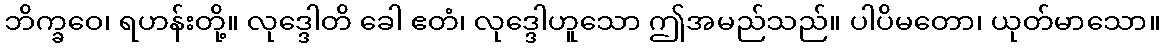
ဘိက္ခဝေ၊ ရဟန်းတို့။ လုဒ္ဒေါတိ ခေါ ဧတံ၊ လုဒ္ဒေါဟူသော ဤအမည်သည်။ ပါပိမတော၊ ယုတ်မာသော။